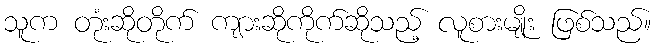
သူက တုံးဆိုတိုက် ကျားဆိုကိုက်ဆိုသည့် လူစားမျိုး ဖြစ်သည်။